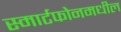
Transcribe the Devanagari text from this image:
स्मार्टफोनमधील